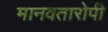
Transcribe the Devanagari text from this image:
मानवतारोपी